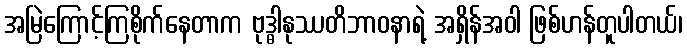
အမြဲကြောင့်ကြစိုက်နေတာက ဗုဒ္ဓါနုဿတိဘာဝနာရဲ့ အရှိန်အဝါ ဖြစ်ဟန်တူပါတယ်၊